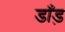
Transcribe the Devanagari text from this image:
डाँड़